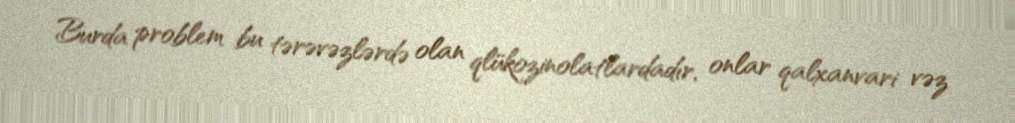
Burda problem bu tərəvəzlərdə olan qlükozinolatlardadır, onlar qalxanvari vəz